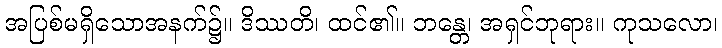
အပြစ်မရှိသောအနက်၌။ ဒိဿတိ၊ ထင်၏။ ဘန္တေ၊ အရှင်ဘုရား။ ကုသလော၊